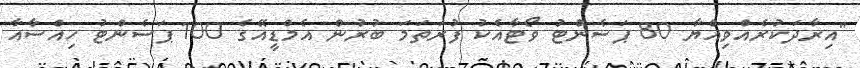
"އިރާދަކުރެއްވިއްޔާ 80 ޕަސެންޓު ވޯޓާއެކު ފުރަތަމަ ބުރުން އެމްޑީއޭގެ 100 ޕަސެންޓު ހިއްސާއާ